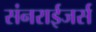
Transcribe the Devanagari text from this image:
संनराईजर्स